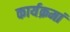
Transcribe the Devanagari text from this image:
कार्यक्रमां